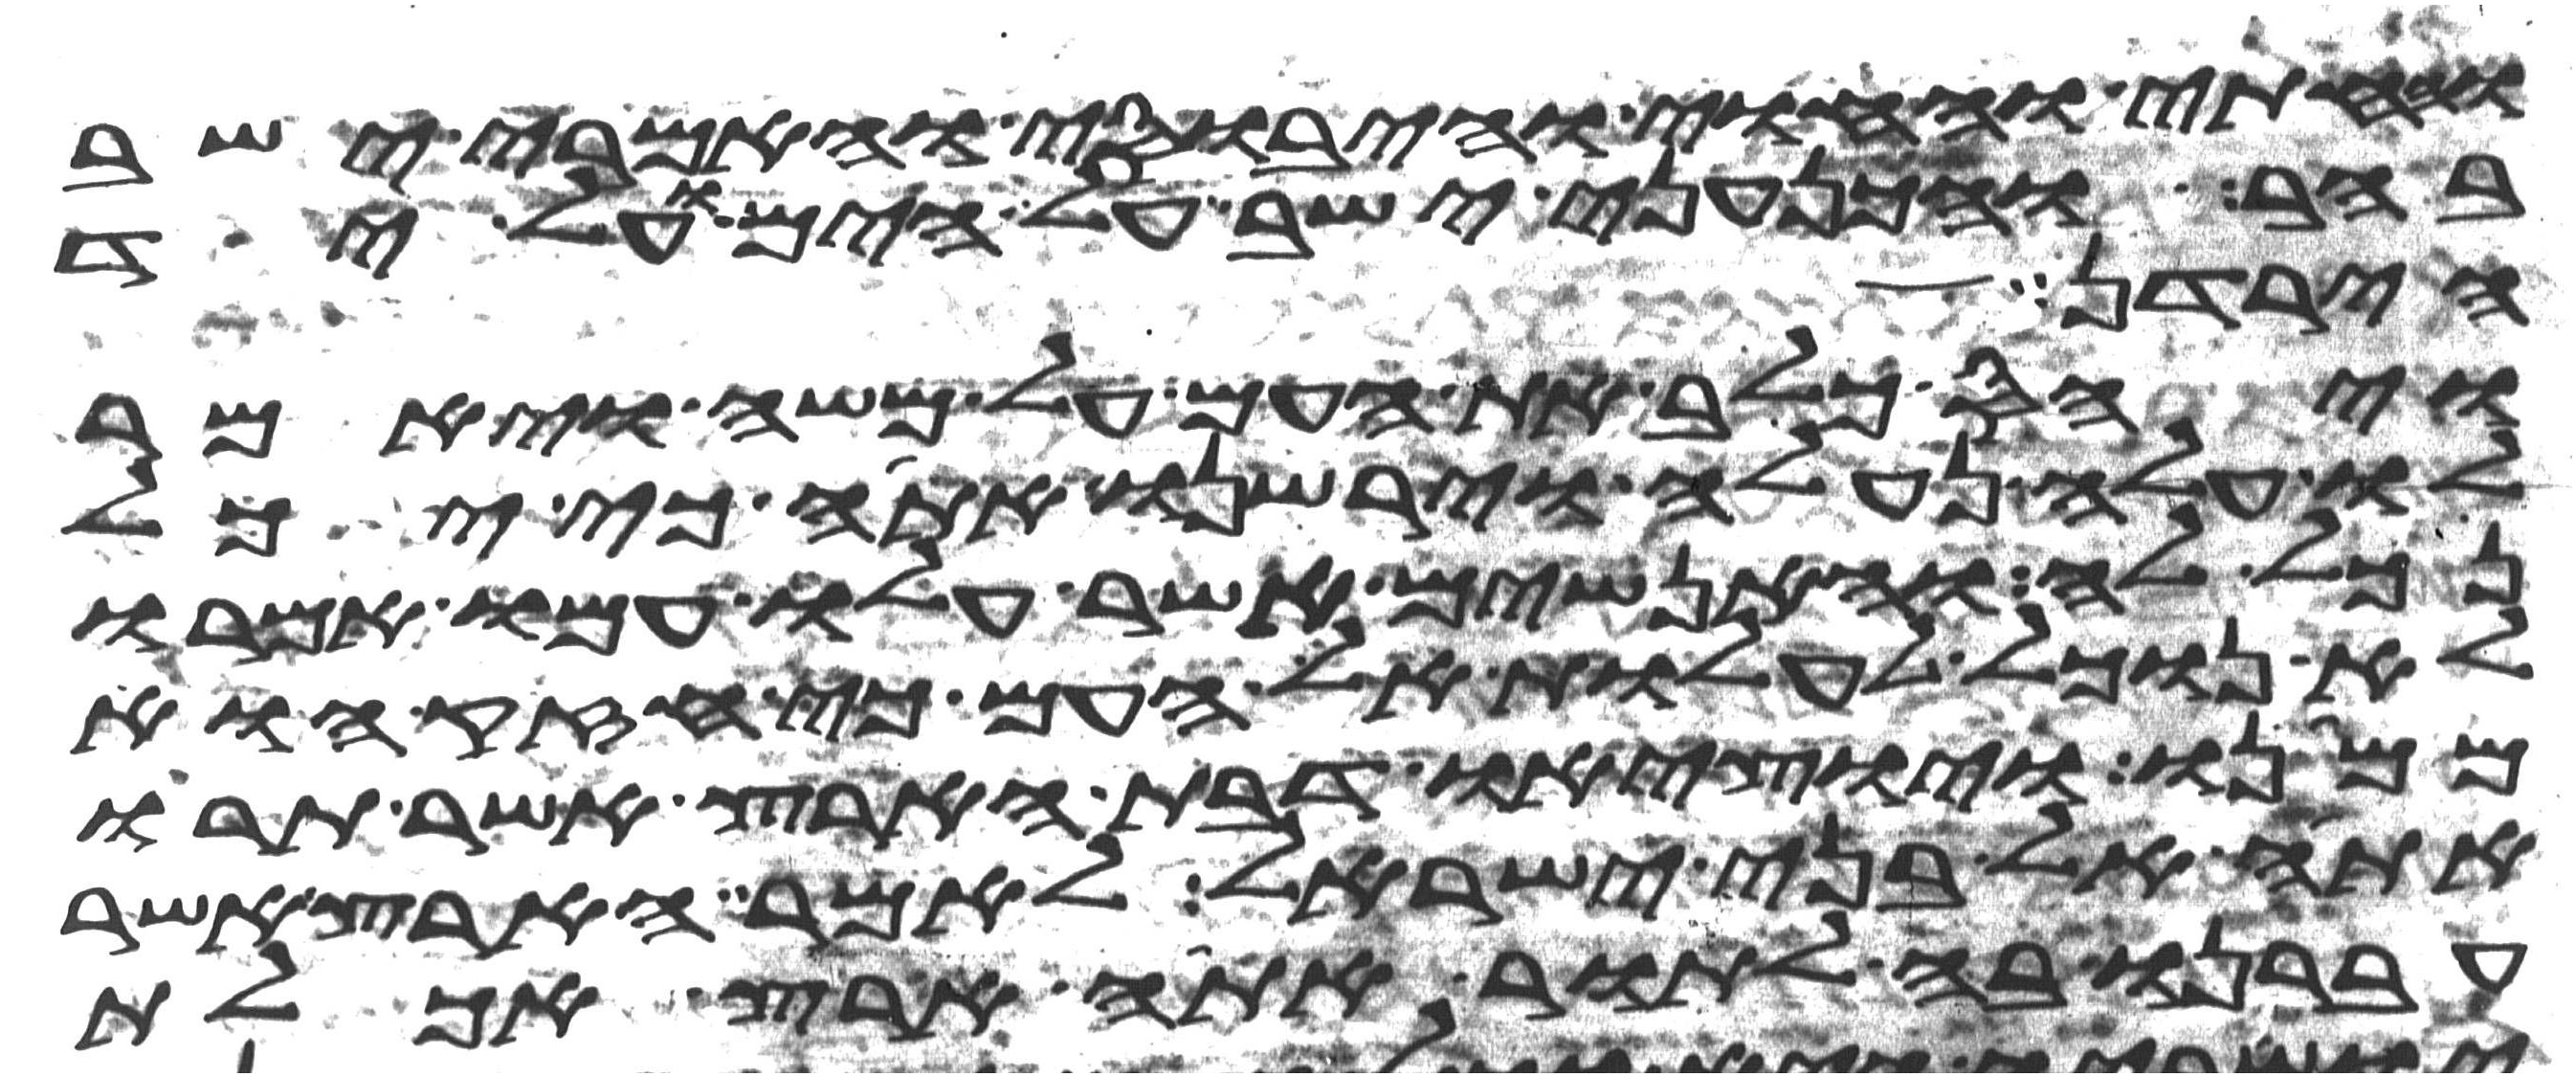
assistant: והחתי והחוי והיבוסי והאמרי ישב
בהר והכנעני ישב על הים ועל יד
הירדן
ויחס כלב את העם על משה ויאמר
לו עלה נעלה וירשנו אתה כי יכל
נכל לה והאנשים אשר עלו עמו אמרו
לא נוכל לעלות אל העם כי חזק הוא
ממנו ויוציאו דבת הארץ אשר תרו
אתה אל בני ישראל לאמר הארץ אשר
עברנו בה לתור אתה ארץ אכלת